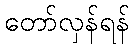
တော်လှန်ရန်